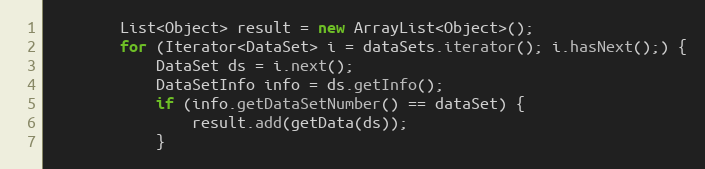
Language: Java
		List<Object> result = new ArrayList<Object>();
		for (Iterator<DataSet> i = dataSets.iterator(); i.hasNext();) {
			DataSet ds = i.next();
			DataSetInfo info = ds.getInfo();
			if (info.getDataSetNumber() == dataSet) {
				result.add(getData(ds));
			}